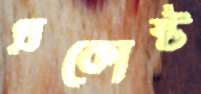
প্রকোষ্ট